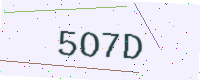
Text: 5O7D